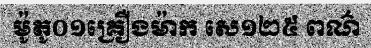
ម៉ូតូ០១គ្រឿងម៉ាក សេ១២៥ ពណ៌